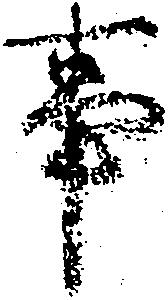
事